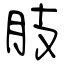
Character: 肢